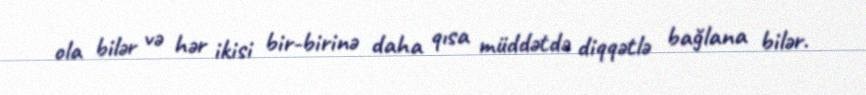
ola bilər və hər ikisi bir-birinə daha qısa müddətdə diqqətlə bağlana bilər.